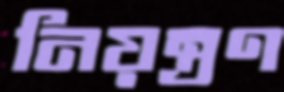
নিয়ন্ত্রণ